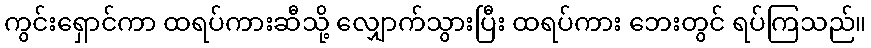
ကွင်းရှောင်ကာ ထရပ်ကားဆီသို့ လျှောက်သွားပြီး ထရပ်ကား ဘေးတွင် ရပ်ကြသည်။